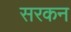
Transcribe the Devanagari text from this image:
सरकन